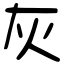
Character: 灰